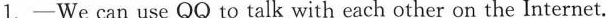
1.—We can use QQ to talk with each other on the Internet.